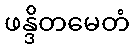
ဖန္ဒိတမေတံ